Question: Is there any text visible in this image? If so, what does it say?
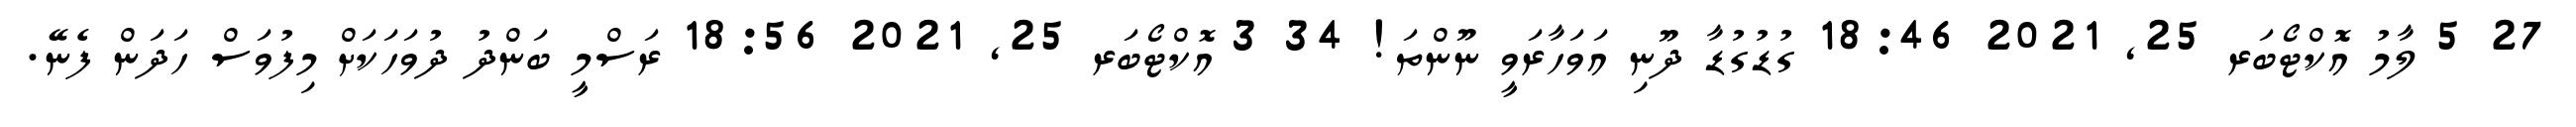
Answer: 27 5 ލާމު އޮކްޓޯބަރ 25, 2021 18:46 ގުޑުގުޑާ ދޫނި އަވަހާރަވީ ނޫންތަ! 34 3 އޮކްޓޯބަރ 25, 2021 18:56 ރަސްމީ ބަންދު ދުވަހަކަށް މިފުވަސް ހަދަން ފެނޭ.